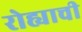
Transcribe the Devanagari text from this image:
रोह्याची